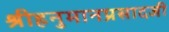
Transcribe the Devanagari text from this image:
श्रीहनुमानप्रसादजी